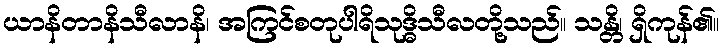
ယာနိတာနိသီလာနိ၊ အကြင်စတုပါရိသုဒ္ဓိသီလတို့သည်။ သန္တိ၊ ရှိကုန်၏။